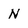
Character: N